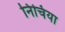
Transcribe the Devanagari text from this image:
निचिया